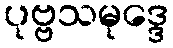
ပုဗ္ဗသမုဒ္ဒေ